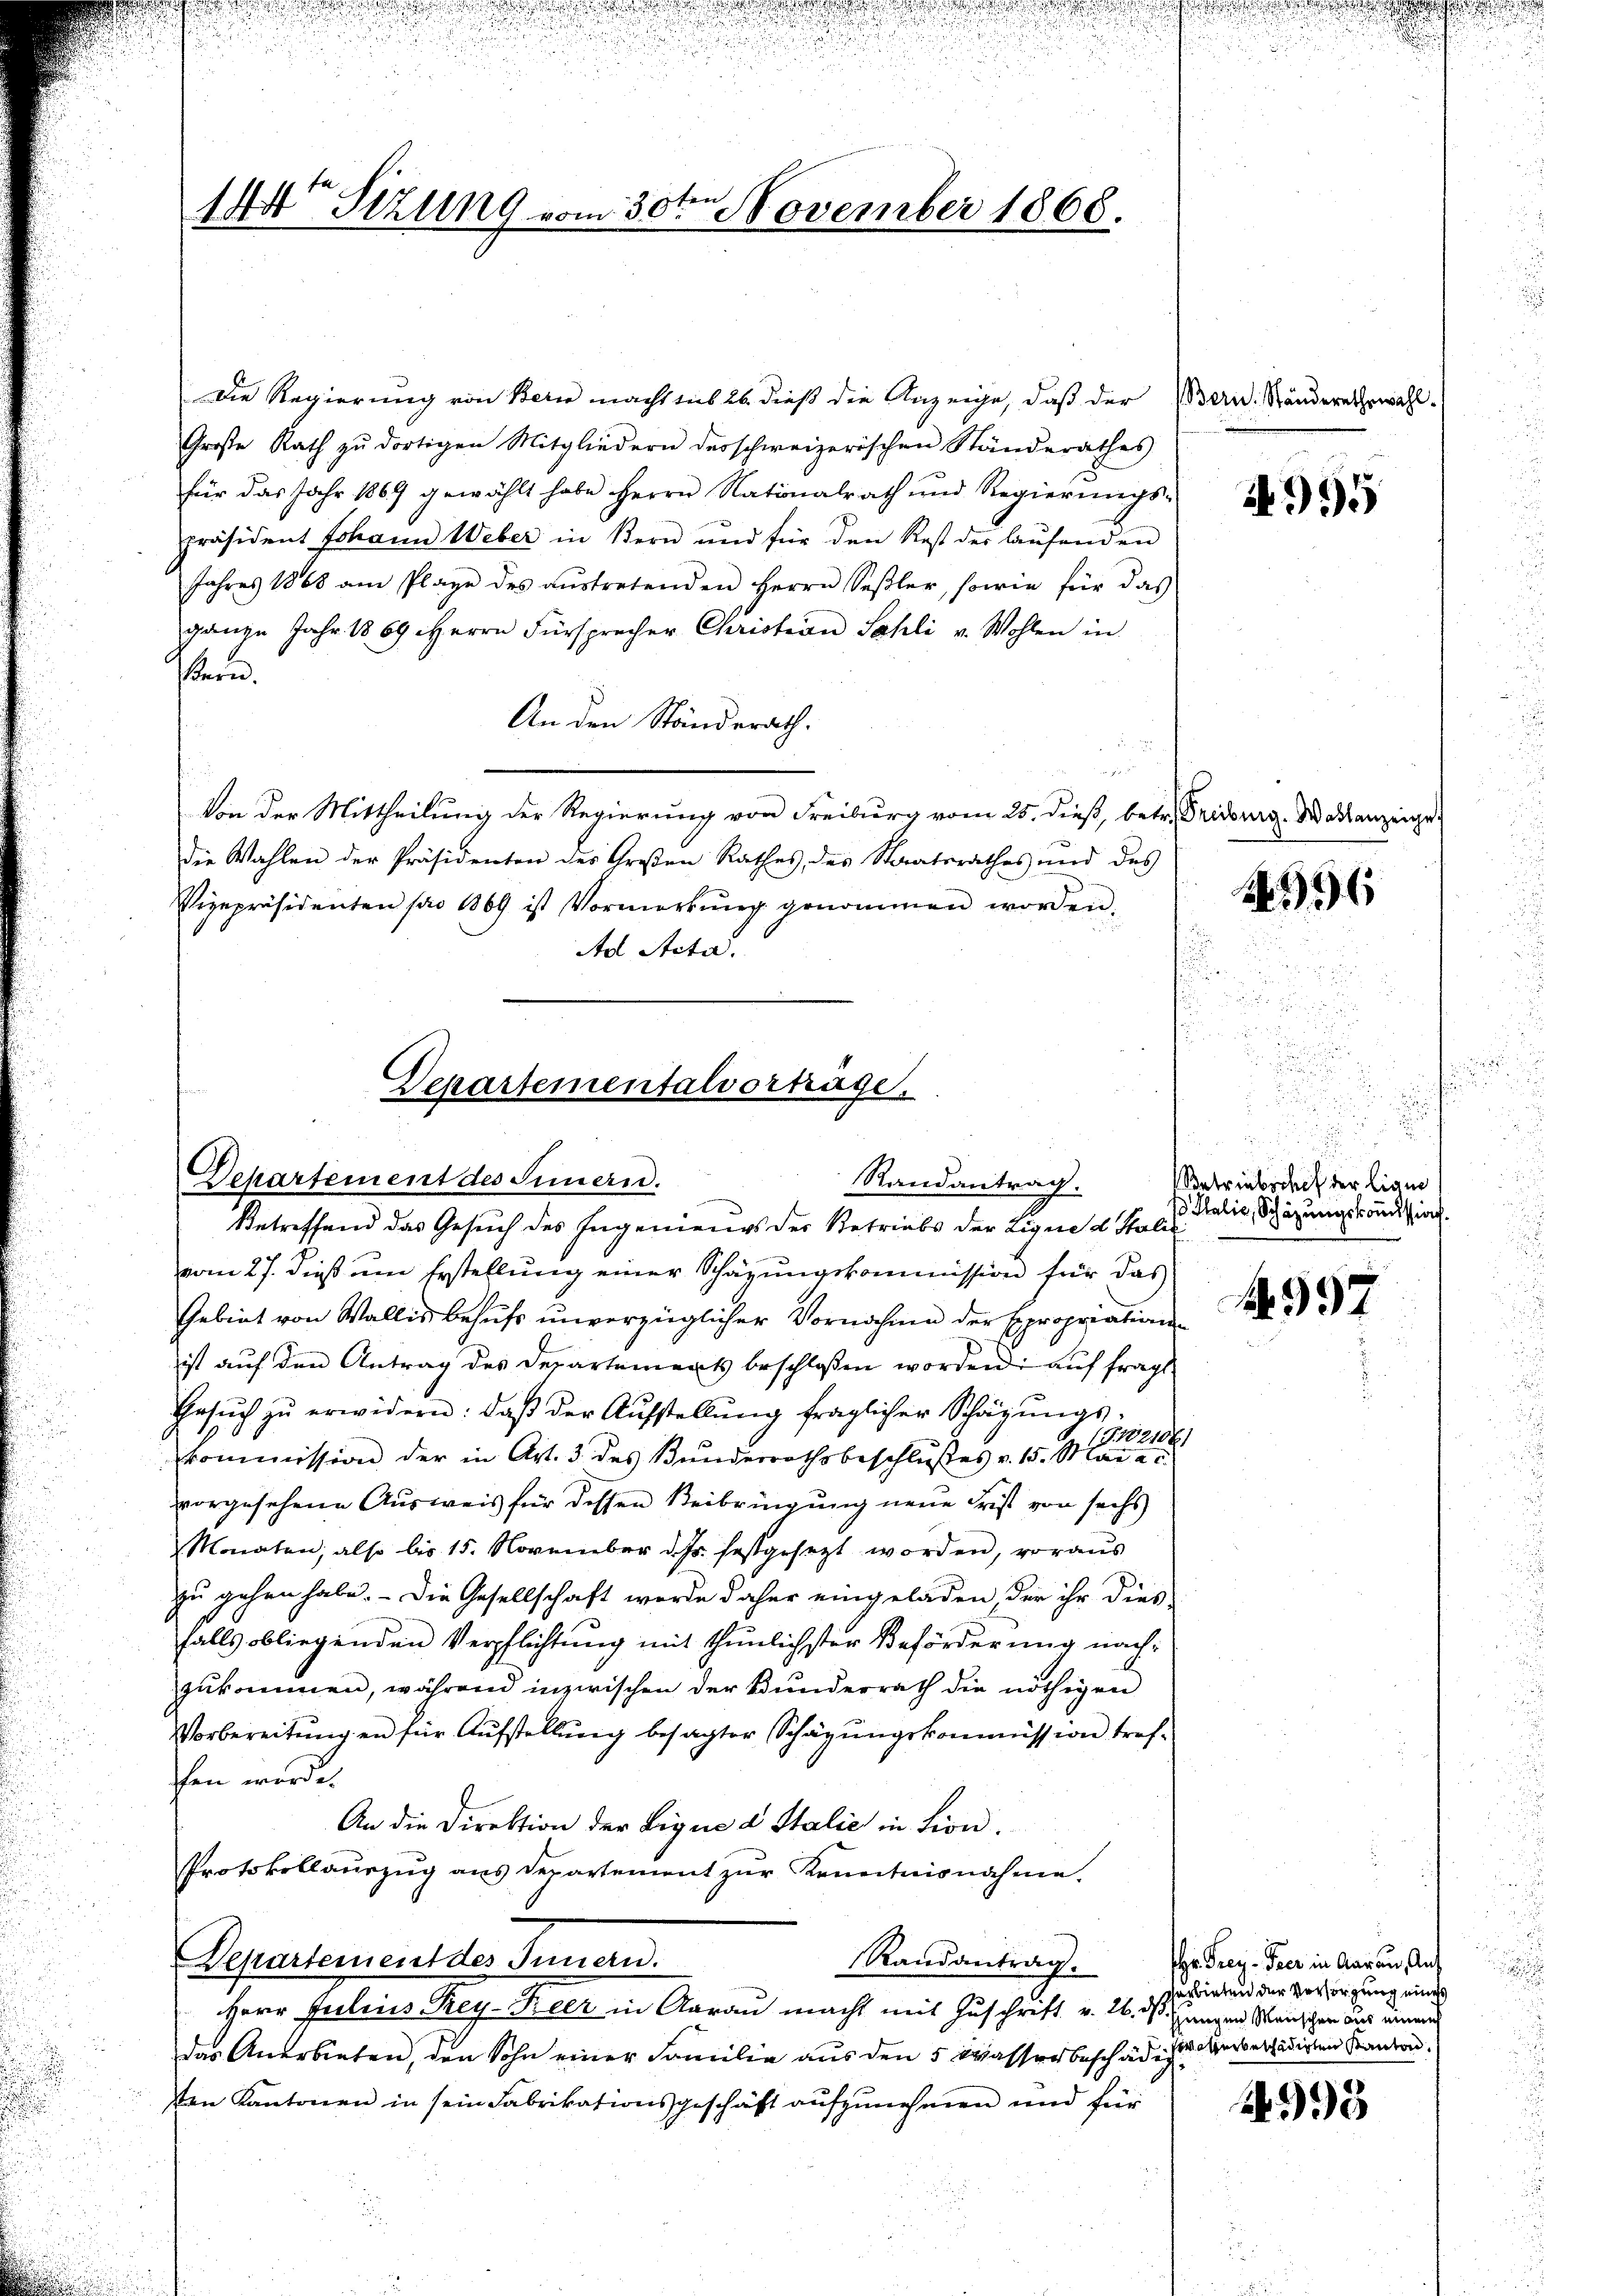
144 Sizung vom 30ten November 1868.

Die Regierung von Bern macht sub 26. dieß die Anzeige, daß der Bern Ständere herwähl¬
Große Rath zŭ dortigen Mitgliedern desschweizerischen Ständerathes
für das Jahr 1864 gewählt habe Herrn Nationalrath und Regierŭngs-
präsident Johann Weber in Kern und für den Rest der laŭfenden
Jahres 1868 am Plage des aŭstretenden Herrn Seβler, sowie für das
ganze Jahr 1869 Herrn Fürsprecher Christian Sahli v. Wohlen in
ern.
An den Ständerath.
u
Von der Mittheilung der Regierung von Freiburg vom 25. dieß, betr. Fridouig. Wahlanzeige
die Wahlen der Präsidenten des Großen Rathes, des Staatsrathes und des
Vizepräsidenten pro 1869 ist Vormerkŭng genommen worden.
Ad Acta.
f

Departementalverträge.

Departement des Innern.
Betreffend das Gesuch des Ingenieurs der Betriebs der Lique d Italie
vom 27. dieß um Erstellung einer Schazungskommission für das
Gebiet von Wallis behufs unverzüglicher Vornahme der Expropriationsist aŭf den Antrag des Departements beschlossen worden: aŭf fragt
Gesŭch zŭ erwidern: daβ der Aŭfstellŭng fraglicher Schägŭngs-
(T.2021061
kommission der in Art. 3 des Bunderrathsbeschlußes v. 15. Mai a. u.
vorgesehene Ausweis für dessen Beibringung neue Frist von sechs
Monaten, also bis 15. November d. Js. festgesezt worden, voraus
zu gehen habe. - Die Gesellschaft worde daher eingeladen, der ihr dies
falls obliegenden Verpflichtung mit thunlichster Beförderung nachzukommen, während inzwischen der Bunderrath die nöthigen
Vorbereitungen für Aufstellung besagter Schazungskommission treffen werde.
An die Direktion der Ligne d Italie in tion.
Protokollaurzŭg ans Departement zŭr Kenntnisnahme.
Randantrag.
Departement des Innern.
Herr Julius Rey-Beer in Aarau macht mit Zuschrift v. 26. ds. angen Steinschen das einen
das Anerbieten, den Sohn einer Familie aus den 5 Wasserbeschädig
sten Kantonen in sein Fabrikationsgeschäft aufzunehmen und für

Randantrag.

2995

6

etriebschef der Linie
1 Italie, Schazungskommission.

A.997

Hr. Frey- Peer in Aarau, Auf
erbieten der Vorsorgung eines
Waserbeschädigten Kanton.

35